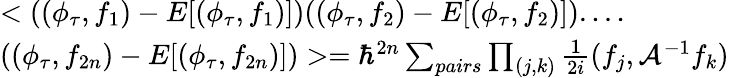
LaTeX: \begin{array}{l}{{<((\phi_{\tau},f_{1})-E[(\phi_{\tau},f_{1})])((\phi_{\tau},f_{2})-E[(\phi_{\tau},f_{2})])....}}\\ {{((\phi_{\tau},f_{2n})-E[(\phi_{\tau},f_{2n})])>=\hbar^{2n}\sum_{pairs}\prod_{(j,k)}\frac{1}{2i}(f_{j},{\cal A}^{-1}f_{k})}}\end{array}